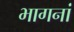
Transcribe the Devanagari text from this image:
भागनां